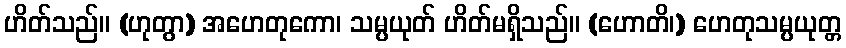
ဟိတ်သည်။ (ဟုတွာ) အဟေတုကော၊ သမ္ပယုတ် ဟိတ်မရှိသည်။ (ဟောတိ၊) ဟေတုသမ္ပယုတ္တ